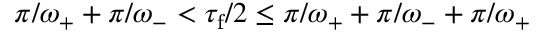
\pi / \omega _ { + } + \pi / \omega _ { - } < \tau _ { \mathrm { f } } / 2 \leq \pi / \omega _ { + } + \pi / \omega _ { - } + \pi / \omega _ { + }